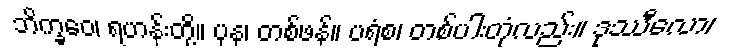
ဘိက္ခဝေ၊ ရဟန်းတို့။ ပုန၊ တစ်ဖန်။ ပရံစ၊ တစ်ပါးတုံလည်း။ ဒုဿီလော၊